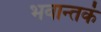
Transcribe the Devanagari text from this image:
भवान्तकं